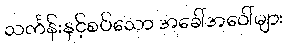
သင်္ကန်းနှင့်စပ်သော အခေါ်အဝေါ်များ